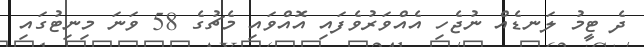
ދެ ޓީމު ލަނޑެއް ނުޖެހި އެއްވަރުވެފައި އޮއްވައި މެޗުގެ 58 ވަނަ މިނިޓުގައި